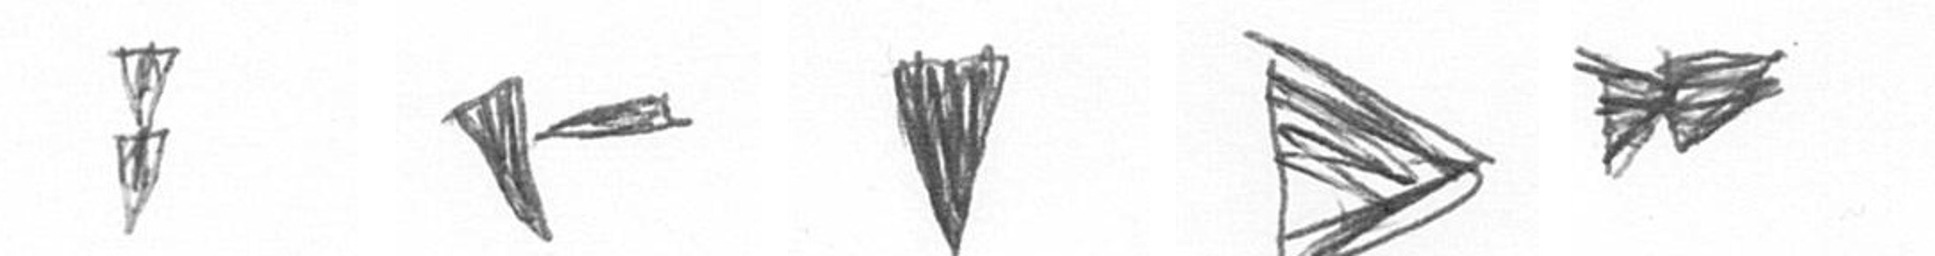
Z F J T A